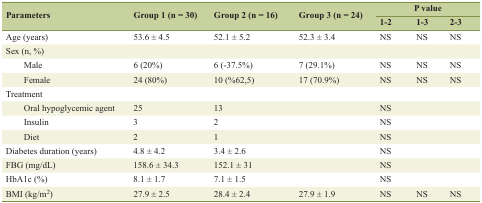
<table><thead><tr><td rowspan="2"><b>Parameters</b></td><td rowspan="2"><b>Group 1 (n = 30)</b></td><td rowspan="2"><b>Group 2 (n = 16)</b></td><td rowspan="2"><b>Group 3 (n = 24)</b></td><td colspan="3"><b>P value</b></td></tr><tr><td><b>1-2</b></td><td><b>1-3</b></td><td><b>2-3</b></td></tr></thead><tbody><tr><td>Age (years)</td><td>53.6 ± 4.5</td><td>52.1 ± 5.2</td><td>52.3 ± 3.4</td><td>NS</td><td>NS</td><td>NS</td></tr><tr><td>Sex (n, %)</td><td></td><td></td><td></td><td></td><td></td><td></td></tr><tr><td>Male</td><td>6 (20%)</td><td>6 (-37.5%)</td><td>7 (29.1%)</td><td>NS</td><td>NS</td><td>NS</td></tr><tr><td>Female</td><td>24 (80%)</td><td>10 (%62,5)</td><td>17 (70.9%)</td><td>NS</td><td>NS</td><td>NS</td></tr><tr><td>Treatment</td><td></td><td></td><td></td><td></td><td></td><td></td></tr><tr><td>Oral hypoglycemic agent</td><td>25</td><td>13</td><td></td><td>NS</td><td></td><td></td></tr><tr><td>Insulin</td><td>3</td><td>2</td><td></td><td>NS</td><td></td><td></td></tr><tr><td>Diet</td><td>2</td><td>1</td><td></td><td>NS</td><td></td><td></td></tr><tr><td>Diabetes duration (years)</td><td>4.8 ± 4.2</td><td>3.4 ± 2.6</td><td></td><td>NS</td><td></td><td></td></tr><tr><td>FBG (mg/dL)</td><td>158.6 ± 34.3</td><td>152.1 ± 31</td><td></td><td>NS</td><td></td><td></td></tr><tr><td>HbA1c (%)</td><td>8.1 ± 1.7</td><td>7.1 ± 1.5</td><td></td><td>NS</td><td></td><td></td></tr><tr><td>BMI (kg/m<sup>2</sup>)</td><td>27.9 ± 2.5</td><td>28.4 ± 2.4</td><td>27.9 ± 1.9</td><td>NS</td><td>NS</td><td>NS</td></tr></tbody></table>